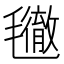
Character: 𣰪